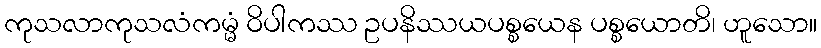
ကုသလာကုသလံကမ္မံ ဝိပါကဿ ဥပနိဿယပစ္စယေန ပစ္စယောတိ၊ ဟူသော။